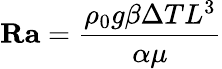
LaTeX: {\textbf{Ra}}={\frac{\rho_{0}g\beta\Delta TL^{3}}{\alpha\mu}}